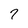
Character: 7